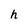
Character: h